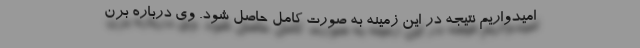
امیدواریم نتیجه در این زمینه به صورت کامل حاصل شود. وی درباره برن